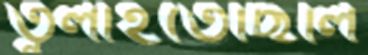
তুলাইতেছিলি